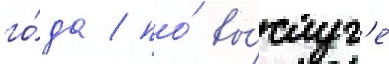
го́да / по́ вы́слуг'е